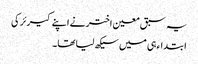
یہ سبق معین اختر نے اپنے کیرئر کی
ابتداء ہی میں سیکھ لیا تھا۔